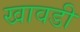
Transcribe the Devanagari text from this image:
खावडी